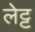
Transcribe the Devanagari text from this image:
लेट्ट